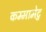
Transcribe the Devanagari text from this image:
कम्‍मामेटु